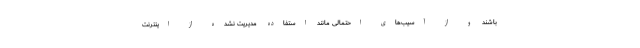
باشند و از آسیب‌های احتمالی مانند استفاده مدیریت نشده از اینترنت